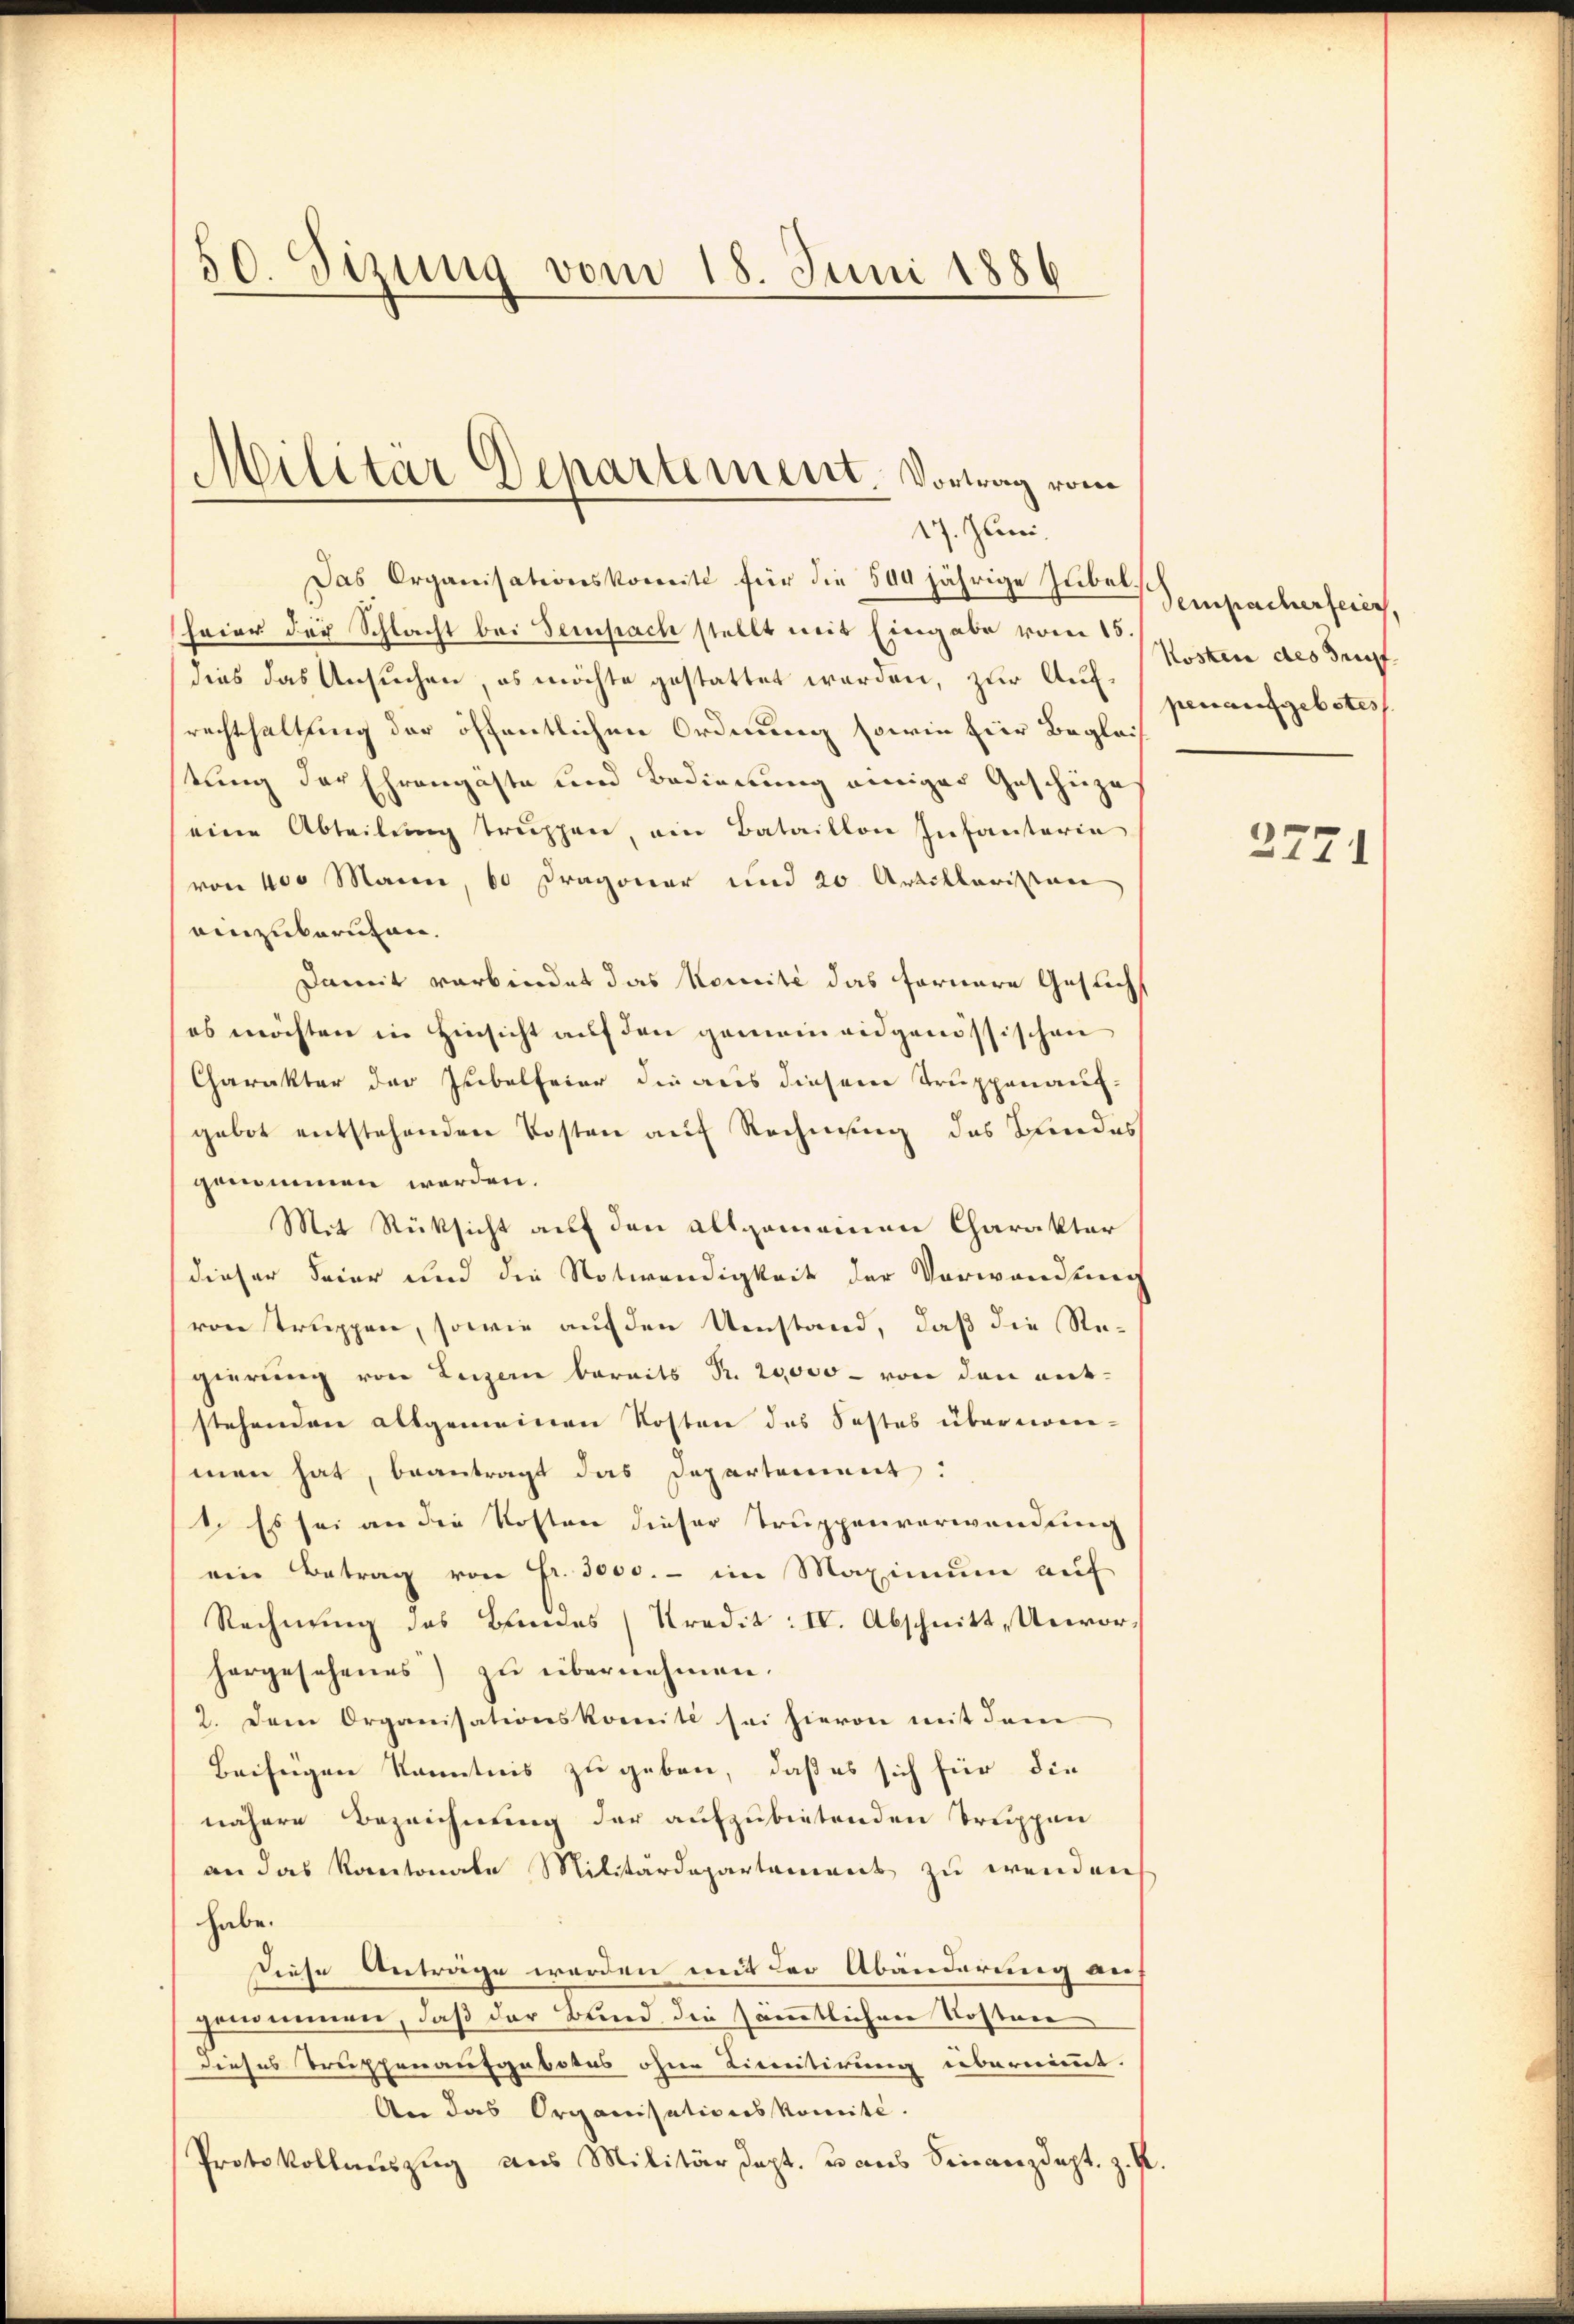
C
50. Sitzung vom 18. Juni 1886

Das Organisationskomite für die 500 jährige Jubel
heier der Schlacht bei Sempach stellt mit Eingabe vom 15.
dies das Ansuchen, es möchte gestattet werden, zur Aufrechthaltung der öffentlichen Ordnung sowie hier Beglei
tung der Ehrengäste und Bedienung einiger Geschüze
eine Abteilung truppen, ein Bataillon Infanterie
von 400 Maien, 60 Dragoner und 20 Artillaristen
einzuberuhen.
Damit verbindet das Komité das fernere Geslich
es möchten in Hinsicht auf den gemeinridgenössischen
Charakter der Jubelfeier die aus diesem Truppenaufgebot entstehenden Kosten auf Rechnung des Bundes
genommen werden.
Mit Rüksicht auf den allgemeinen Charakter
dieser Feier und die Notwendigkeit der Verwandung
von Truppen, sowie auf den Umstand, daß die Re-
gierung von Luzern bereits Fr. 20000 - von den entstehenden allgemeinen Kosten das Fastes übernommen hat, beantragt das Departement:
1. Es sei an die Kosten dieser Truppenverwendung
ein Betrag von Fr. 3000.- im Maximum auf
Rechnung des Bundes (Kredit: IV. Abschnitt, Unvorhergesehenes) zu übernehmen.
2. Dem Organisationskomite sei hievon mit dem
Beiseigen Kenntnis zu geben, daß es sich für die
nähere Bezeichnung der aufzubietenden Truppen
an das Kantonale Militärdepartament zu wenden,
habe.
Diese Anträge werden mit der Abänderung auf
genommen, daß der Bund die sämmtlichen Kosten
dieses Truppenaufgebotes ohne Licitirung übernimmt.
An das Organisationskomité.
Protokollauszug aus Militärdept. dans Finanzdept. z. B.

Militar Departement. Vortrag vom
2. Zun

Sempacherfeier
Kosten des Gruf
penaufgebotes

.

2771